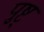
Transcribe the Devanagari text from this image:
पुष्ट्